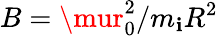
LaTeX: B=\mur_{0}^{2}/m_{\mathbf{i}}R^{2}